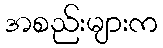
အစည်းများက